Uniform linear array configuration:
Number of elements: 24
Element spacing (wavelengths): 1
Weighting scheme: kaiser
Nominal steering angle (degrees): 15
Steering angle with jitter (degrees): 13.036
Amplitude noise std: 0.05
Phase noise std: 0.05

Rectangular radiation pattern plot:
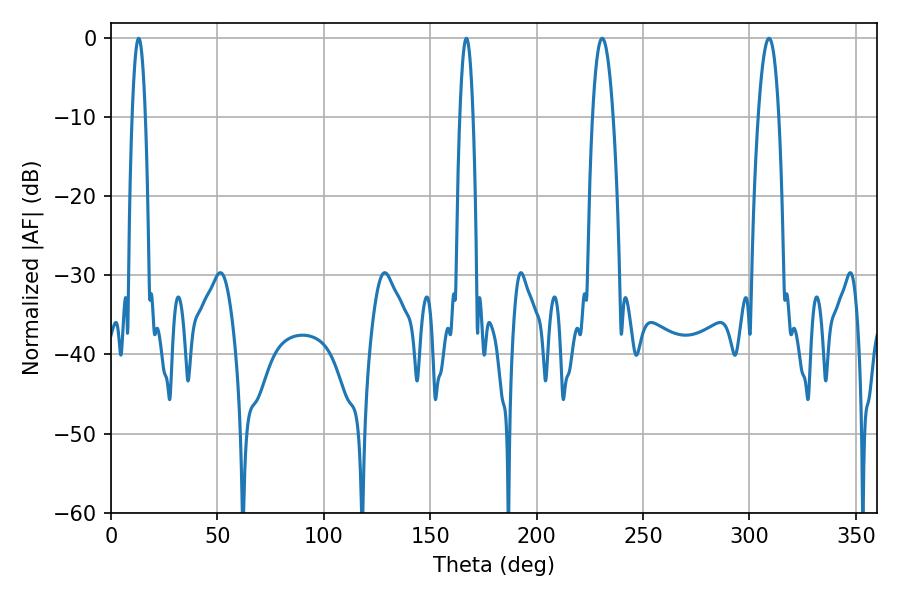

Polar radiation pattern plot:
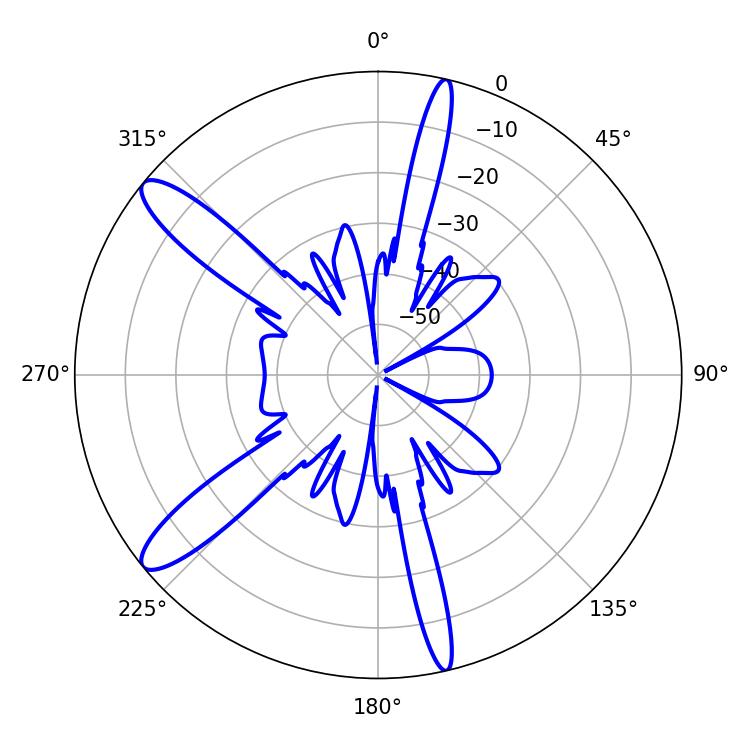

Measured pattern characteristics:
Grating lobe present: TRUE
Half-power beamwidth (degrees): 5.4
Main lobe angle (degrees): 230.76